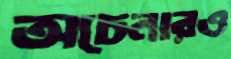
অচেনারও